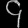
Digit: ၄